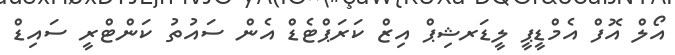
އޯލް އޮފް އެމްޑީޕީ ލީޑަރޝިޕް އިޒް ކަރަޕްޓެޑް އެން ސައުތު ކަންޓްރީ ސައިޑް